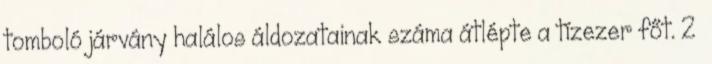
tomboló járvány halálos áldozatainak száma átlépte a tízezer főt. 2